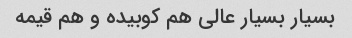
بسیار بسیار عالی هم کوبیده و هم قیمه